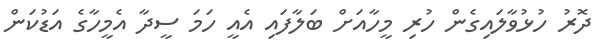
ދޮރު ހުޅުވާލައިގެން ހުރި މީހާއަށް ބަލާފައި އެއީ ހަމަ ސީދާ އެމީހާގެ އަޑުކަން